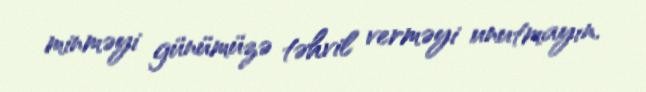
minməyi günümüzə təhvil verməyi unutmayın.